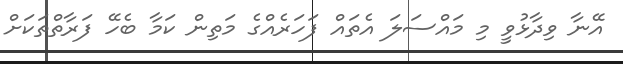
އޭނާ ވިދާޅުވީ މި މައްސަލަ އެތައް ފަހަރެއްގެ މަތިން ކަމާ ބެހޭ ފަރާތްތަކަށް